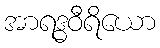
အာရဒ္ဓဝီရိယော